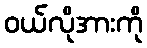
ဝယ်လိုအားကို